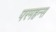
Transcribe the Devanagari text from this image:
परमहन्स